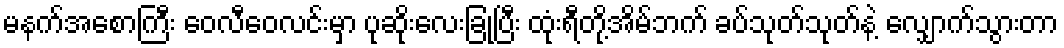
မနက်အစောကြီး ဝေလီဝေလင်းမှာ ပုဆိုးလေးခြုံပြီး ထုံးရီတို့အိမ်ဘက် ခပ်သုတ်သုတ်နဲ့ လျှောက်သွားတာ